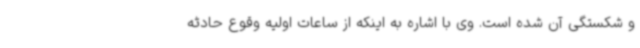
و شکستگی آن شده است. وی با اشاره به اینکه از ساعات اولیه وقوع حادثه